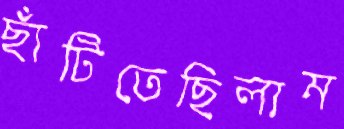
ছাঁটিতেছিলাম